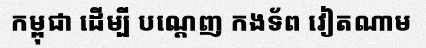
កម្ពុជា ដើម្បី បណ្តេញ កងទ័ព វៀតណាម